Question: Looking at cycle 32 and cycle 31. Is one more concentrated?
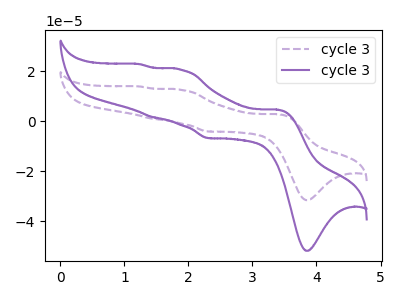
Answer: <think>The purple dashed curve "cycle 31" has anodic peaks at (3.40V, 2.80uA) (1.85V, 12.55uA) (1.45V, 1.00uA) (1.20V, 13.90uA) and cathodic peaks at (3.85V, -31.55uA) (2.30V, -4.10uA). The purple curve "cycle 32" has anodic peaks at (3.40V, 4.60uA) (1.85V, 20.60uA) (1.45V, 1.65uA) (1.20V, 22.80uA) and cathodic peaks at (3.85V, -51.80uA) (2.30V, -6.75uA).
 All the peaks in "cycle 32" have a peak in "cycle 31" at the same potential. Every peak in "cycle 32" is higher than every peak in "cycle 31".</think>
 <answer>"cycle 32" has more signal than "cycle 31" and so likely has a higher concentration.</answer>
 <eval>more_concentration</eval>